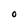
Character: O